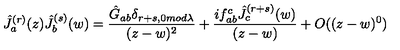
\hat { J } _ { a } ^ { ( r ) } ( z ) \hat { J } _ { b } ^ { ( s ) } ( w ) = \frac { \hat { G } _ { a b } \delta _ { r + s , 0 m o d \lambda } } { ( z - w ) ^ { 2 } } + \frac { i f _ { a b } ^ { c } \hat { J } _ { c } ^ { ( r + s ) } ( w ) } { ( z - w ) } + O ( ( z - w ) ^ { 0 } )